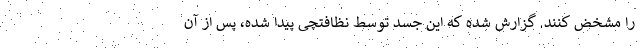
را مشخض کنند. گزارش شده که این جسد توسط نظافتچی پیدا شده، پس از آن